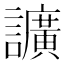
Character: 𧭰